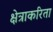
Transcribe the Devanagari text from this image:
क्षेत्राकरिता